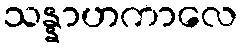
သန္နာဟကာလေ